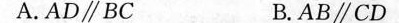
A.AD\parallel BC B. AB\parallel CD